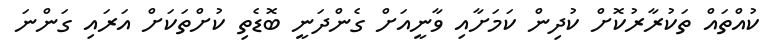
ކުއްތައް ތަކުރާރުކޮށް ކުދިން ކަމަށާއި ވާނީއަށް ގެންދަނީ ބޮޑެތި ކުށްތަކަށް އަރައި ގަންނަ